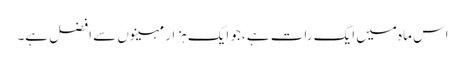
اس ماہ میں ایک رات ہے ،جو ایک ہزار مہینوں سے افضل ہے۔